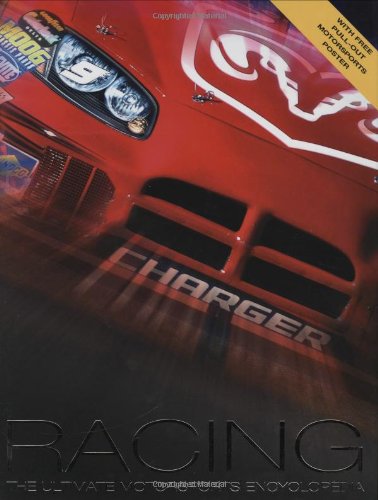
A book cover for Racing: The Ultimate Motorsports Encyclopedia; Clive Gifford; Children's Books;